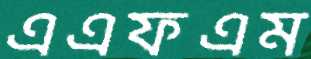
এএফএম